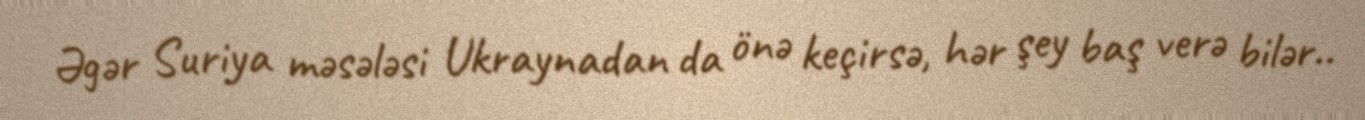
Əgər Suriya məsələsi Ukraynadan da önə keçirsə, hər şey baş verə bilər..